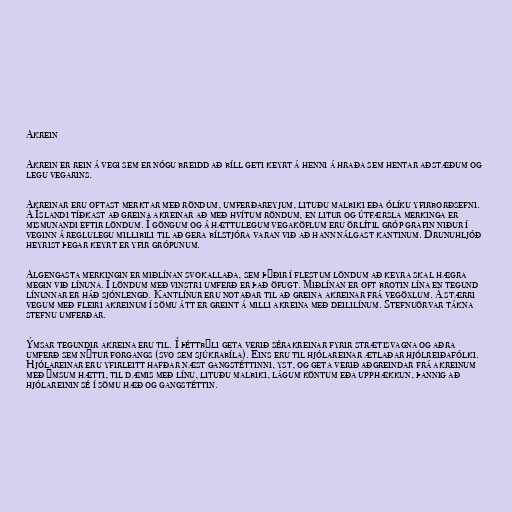
Akrein

Akrein er rein á vegi sem er nógu breidd að bíll geti keyrt á henni á hraða sem hentar aðstæðum og
legu vegarins.

Akreinar eru oftast merktar með röndum, umferðareyjum, lituðu malbiki eða ólíku yfirborðsefni.
Á Íslandi tíðkast að greina akreinar að með hvítum röndum, en litur og útfærsla merkinga er
mismunandi eftir löndum. Í göngum og á hættulegum vegaköflum eru örlítil gróp grafin niður í
veginn á reglulegu millibili til að gera bílstjóra varan við að hann nálgast kantinum. Drunuhljóð
heyrist þegar keyrt er yfir grópunum.

Algengasta merkingin er miðlínan svokallaða, sem þýðir í flestum löndum að keyra skal hægra
megin við línuna. Í löndum með vinstri umferð er það öfugt. Miðlínan er oft brotin lína en tegund
línunnar er háð sjónlengd. Kantlínur eru notaðar til að greina akreinar frá vegöxlum. Á stærri
vegum með fleiri akreinum í sömu átt er greint á milli akreina með deililínum. Stefnuörvar tákna
stefnu umferðar.

Ýmsar tegundir akreina eru til. Í þéttbýli geta verið sérakreinar fyrir strætisvagna og aðra
umferð sem nýtur forgangs (svo sem sjúkrabíla). Eins eru til hjólareinar ætlaðar hjólreiðafólki.
Hjólareinar eru yfirleitt hafðar næst gangstéttinni, yst, og geta verið aðgreindar frá akreinum
með ýmsum hætti, til dæmis með línu, lituðu malbiki, lágum köntum eða upphækkun, þannig að
hjólareinin sé í sömu hæð og gangstéttin.